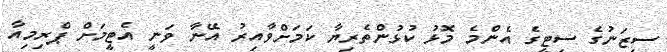
ސީޒަނުގެ ސިޓީގެ އެންމެ މޮޅު ކުޅުންތެރިޔާ ކަމަށްވާއިރު އޭނާ ވަނީ އެޓީމަށް ޕްރިމިއާ